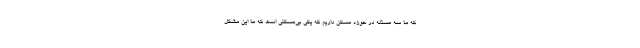
که ما سه مسئله در حوزه مسکن داریم که یکی بی‌مسکنی است که ما این مشکل